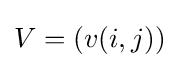
V=(v(i,j))